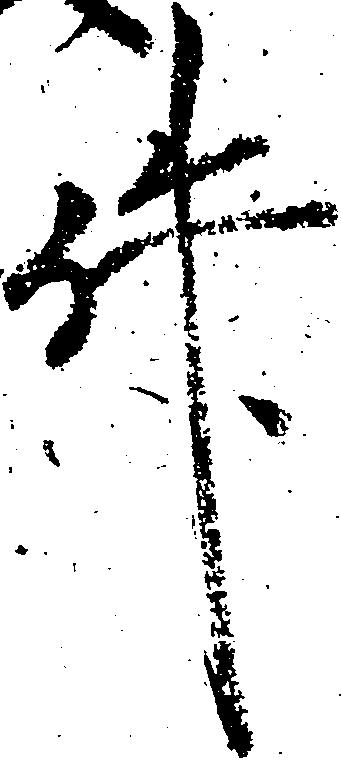
件